Lunatic asylums Punjab 1868-1880 - 1868-1880
Year: 1868
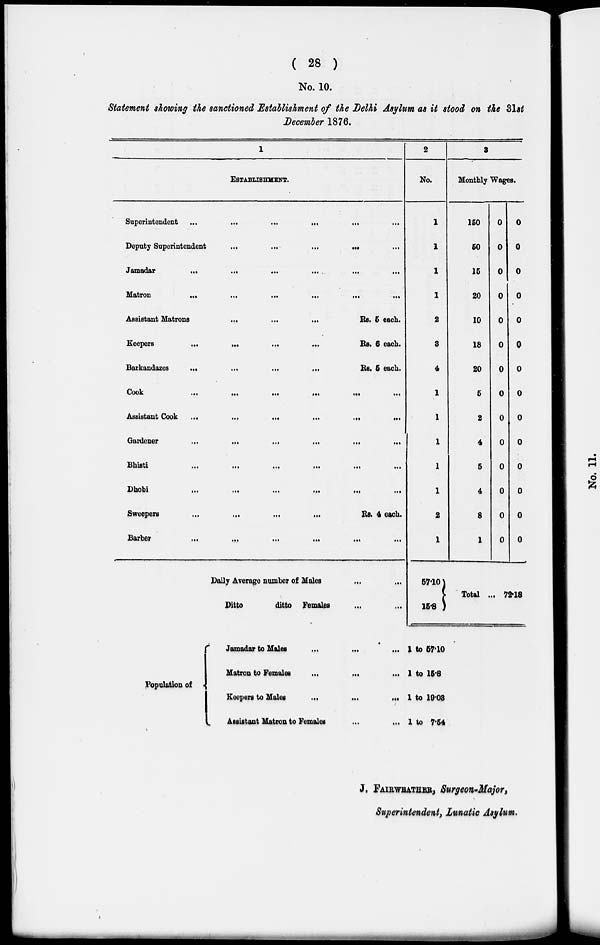
( 28 )
No. 10.
Statement showing the sanctioned Establishment of the Delhi Asylum as it stood on the 31st
December 1876.
1
ESTABLISHMENT.
Superintendent ...
...
...
...
Deputy Superintendent ... ... ... ...
Jamadar
...
...
...
...
Matron
...
...
...
...
Assistant Matrons
...
...
...
Keepers
...
...
...
...
Barkandazes
...
...
...
...
Cook
...
...
...
...
Assistant Cook ...
...
...
Gardener
...
...
Bhisti
...
...
...
...
Dhobi
...
...
...
...
Sweepers
...
...
...
...
Barber
...
...
...
...
Daily Average number of Males
Ditto
ditto Females
...
...
...
...
...
...
...
...
Rs. 5 each.
Rs. 6 each.
Rs. 6 each.
...
...
...
...
...
...
...
...
...
...
Rs. 4 each.
...
...
...
...
...
...
2
No.
1
1
1
1
2
8
4
1
1
1
1
1
2
1
57.10
15.8
3
Monthly Wages.
150
60
15
20
10
18
20
5
2
4
5
4
8
1
0
0
0
0
0
0
0
0
0
0
0
0
0
0
0
0
0
0
0
0
0
0
0
0
0
0
0
0
Total ... 72.18
Population of
Jamadar to Males
...
Matron to Females
...
Keepers to Males
Assistant Matron to Females
...
...
...
...
... 1 to 57.10
... 1 to 15.8
... 1 to 19.08
... 1 to 7.54
J. FAIRWEATHER, Surgeon-Major,
Superintendent, lunatic Asylum.